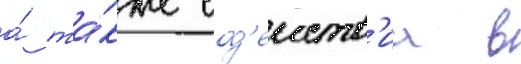
а́ та́кже сод'еиств'иа в